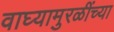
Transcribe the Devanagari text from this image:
वाघ्यामुरळींच्या